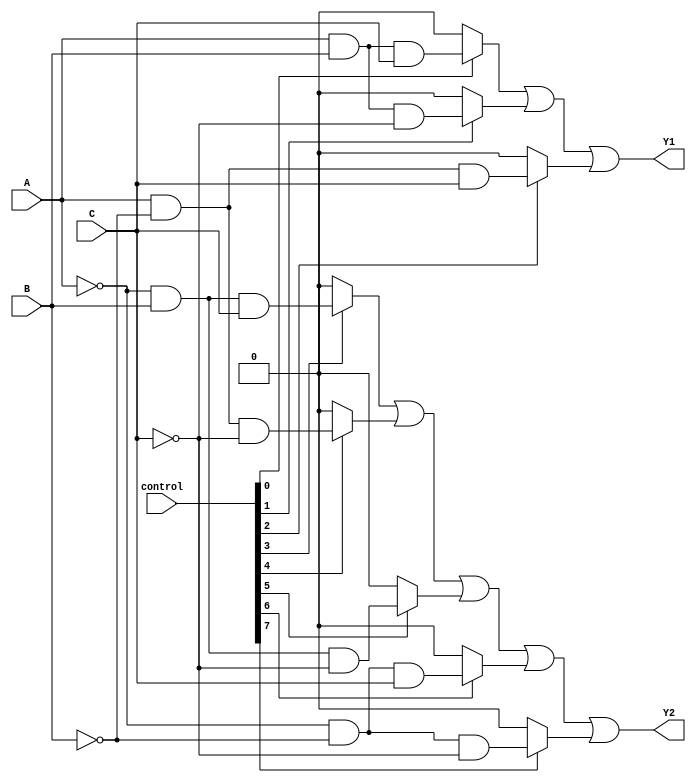
module PLA (
    input wire A, B, C,          // Input lines
    input wire [7:0] control,    // Control signals for programmability
    output wire Y1, Y2           // Output lines
);

// Define the product terms based on the inputs and control signals
wire P1, P2, P3, P4, P5, P6, P7, P8;

// AND gates implementation
assign P1 = control[0] ? (A & B & C) : 0;  // Example: A AND B AND C
assign P2 = control[1] ? (A & B & ~C) : 0; // Example: A AND B AND NOT C
assign P3 = control[2] ? (A & ~B & C) : 0; // Example: A AND NOT B AND C
assign P4 = control[3] ? (~A & B & C) : 0; // Example: NOT A AND B AND C
assign P5 = control[4] ? (A & ~B & ~C) : 0; // Example: A AND NOT B AND NOT C
assign P6 = control[5] ? (~A & B & ~C) : 0; // Example: NOT A AND B AND NOT C
assign P7 = control[6] ? (~A & ~B & C) : 0; // Example: NOT A AND NOT B AND C
assign P8 = control[7] ? (~A & ~B & ~C) : 0; // Example: NOT A AND NOT B AND NOT C

// OR gates implementation
assign Y1 = P1 | P2 | P3; // Output Y1 is the OR of selected product terms
assign Y2 = P4 | P5 | P6 | P7 | P8; // Output Y2 is the OR of other product terms

endmodule